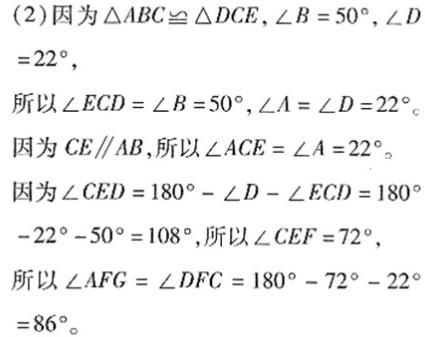
(2)因为$\triangle ABC\cong\triangle DCE$，$\angle B = 50^{\circ}$，$\angle D = 22^{\circ}$，
所以$\angle ECD=\angle B = 50^{\circ}$，$\angle A=\angle D = 22^{\circ}$。
因为$CE\parallel AB$，所以$\angle ACE=\angle A = 22^{\circ}$。
因为$\angle CED = 180^{\circ}-\angle D-\angle ECD = 180^{\circ}-22^{\circ}-50^{\circ}=108^{\circ}$，所以$\angle CEF = 72^{\circ}$，
所以$\angle AFG=\angle DFC = 180^{\circ}-72^{\circ}-22^{\circ}=86^{\circ}$。